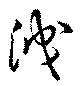
洩